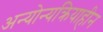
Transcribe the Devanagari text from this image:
अन्योन्यक्रियाहीन